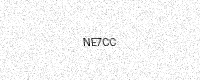
Text: NE7CC